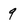
Character: 9